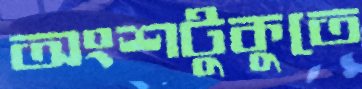
অংশটুকুতে